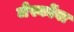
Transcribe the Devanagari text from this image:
जेर्स्कोवा